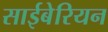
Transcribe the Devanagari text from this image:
साईबेरियन